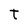
Character: T